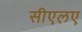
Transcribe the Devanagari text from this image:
सीएलए